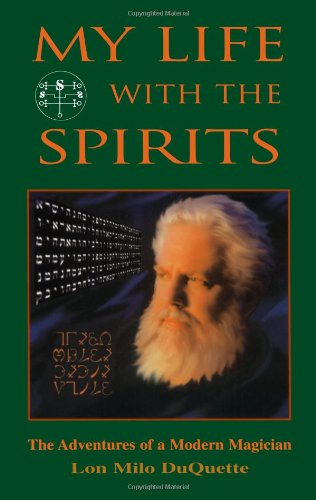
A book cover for My Life With The Spirits: The Adventures of a Modern Magician; Lon Milo DuQuette; Biographies & Memoirs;